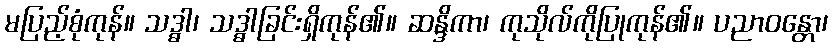
မပြည့်စုံကုန်။ သဒ္ဓါ၊ သဒ္ဓါခြင်းရှိကုန်၏။ ဆန္ဒိကာ၊ ကုသိုလ်ကိုပြုကုန်၏။ ပညာဝန္တော၊